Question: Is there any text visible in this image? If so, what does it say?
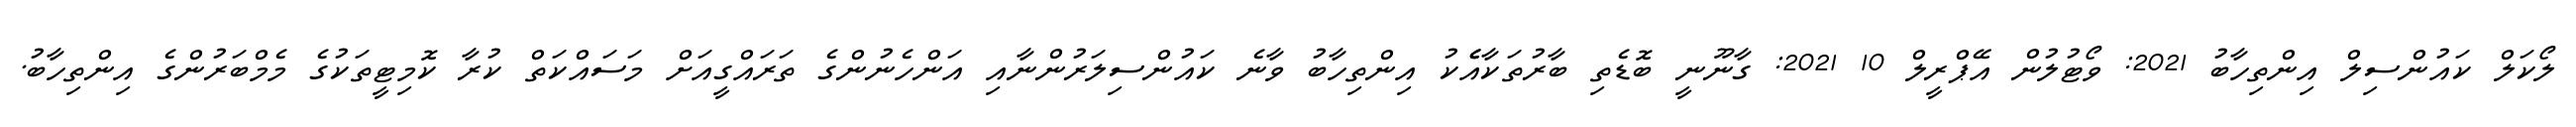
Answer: ލޯކަލް ކައުންސިލް އިންތިހާބު 2021: ވޯޓުލުން އޭޕްރީލް 10 2021: ގާނޫނީ ބޮޑެތި ބާރުތަކާއެެކު އިންތިހާބު ވާނެ ކައުންސިލަރުންނާއި އަންހެނުންގެ ތަރައްގީއަށް މަސައްކަތް ކުރާ ކޮމިޓީތަކުގެ މެމްބަރުންގެ އިންތިހާބު.